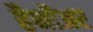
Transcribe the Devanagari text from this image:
हैनौअर